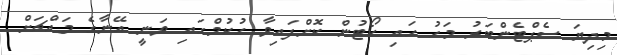
މިދިޔަ ސެޕްޓެންބަރު މަހު ހައި ކޯޓުން ކޮށްފައިވާ ހުކުމްގައި ވަނީ އޭނާގެ މައްޗަށް